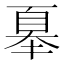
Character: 𭑜